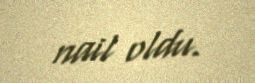
nail oldu.